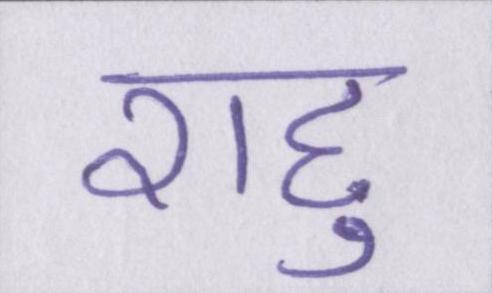
राहु